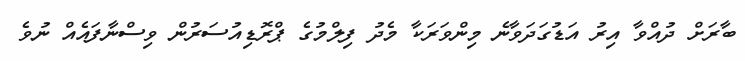
ބާރަށް ދުއްވާ އިރު އަޑުގަދަވާނެ މިންވަރަކާ މެދު ފިލްމުގެ ޕްރޮޑިއުސަރުން ވިސްނާފައެއް ނުވެ